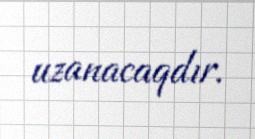
uzanacaqdır.